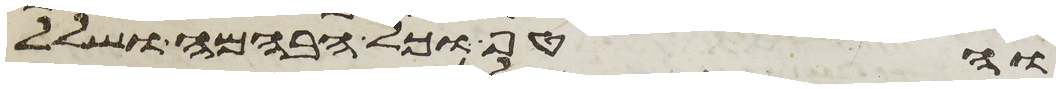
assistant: והטף וכל הבהמה ושלל